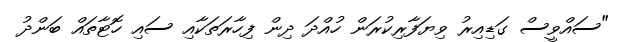
"ސައްވީސް ގަޑިއިރު ވިޔަފާރިކުރަން ހުއްދަ ދިން ފިހާރަތަކާއި ސައި ހޮޓާތައް ބަންދު